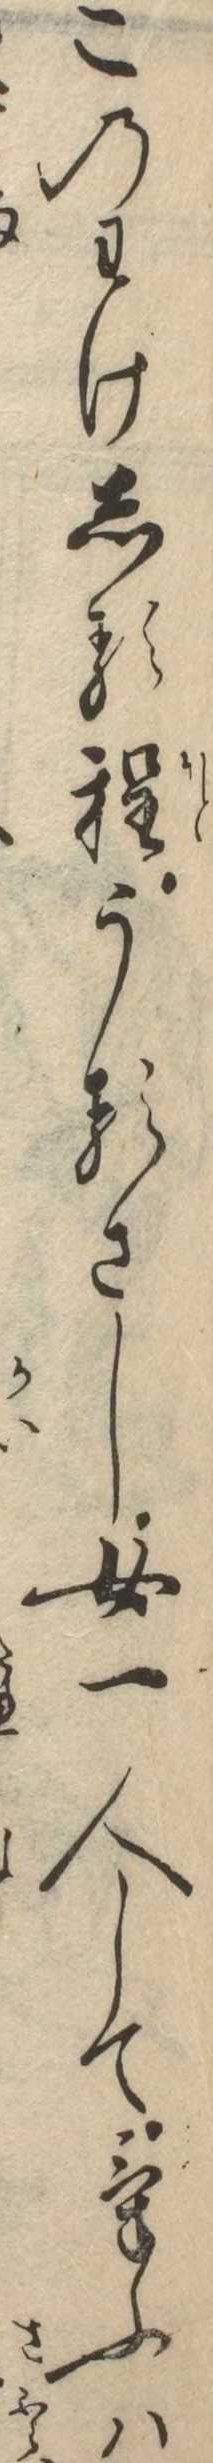
このわけしる程うるさし女一人してけふは